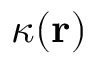
\kappa ( \mathbf { r } )